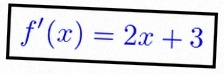
f'(x)=2x+3